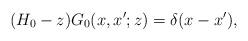
LaTeX: \begin{align*}(H_0-z)G_0(x,x';z)=\delta(x-x'),\end{align*}